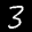
Digit: 3